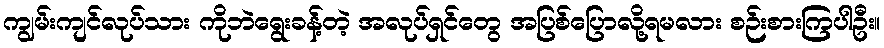
ကျွမ်းကျင်လုပ်သား ကိုဘဲရွေးခန့်တဲ့ အလုပ်ရှင်တွေ အပြစ်ပြောလို့ရမလား စဉ်းစားကြပါဦး။